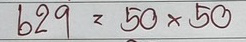
629 = 50x50